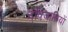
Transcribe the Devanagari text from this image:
द्विजातियों